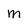
Character: m